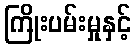
ကြိုးပမ်းမှုနှင့်